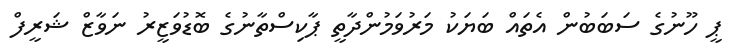
ޕީ ހޫނުގެ ސަބަބުން އެތައް ބަޔަކު މަރުވަމުންދާތީ ޕާކިސްތާނުގެ ބޮޑުވަޒީރު ނަވާޒް ޝަރީފް